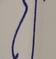
Signature authenticity: forged